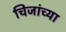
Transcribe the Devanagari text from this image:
चिजांच्या